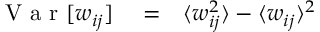
\begin{array} { r l r } { \textrm { V a r } [ w _ { i j } ] } & { { } = } & { \langle w _ { i j } ^ { 2 } \rangle - \langle w _ { i j } \rangle ^ { 2 } } \end{array}